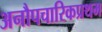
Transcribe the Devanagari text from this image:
अनौपचारिकप्रथम